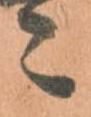
々